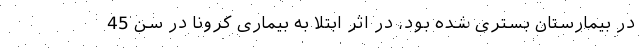
در بیمارستان بستری شده بود، در اثر ابتلا به بیماری کرونا در سن 45